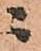
ニ